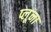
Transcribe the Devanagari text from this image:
प्लूना